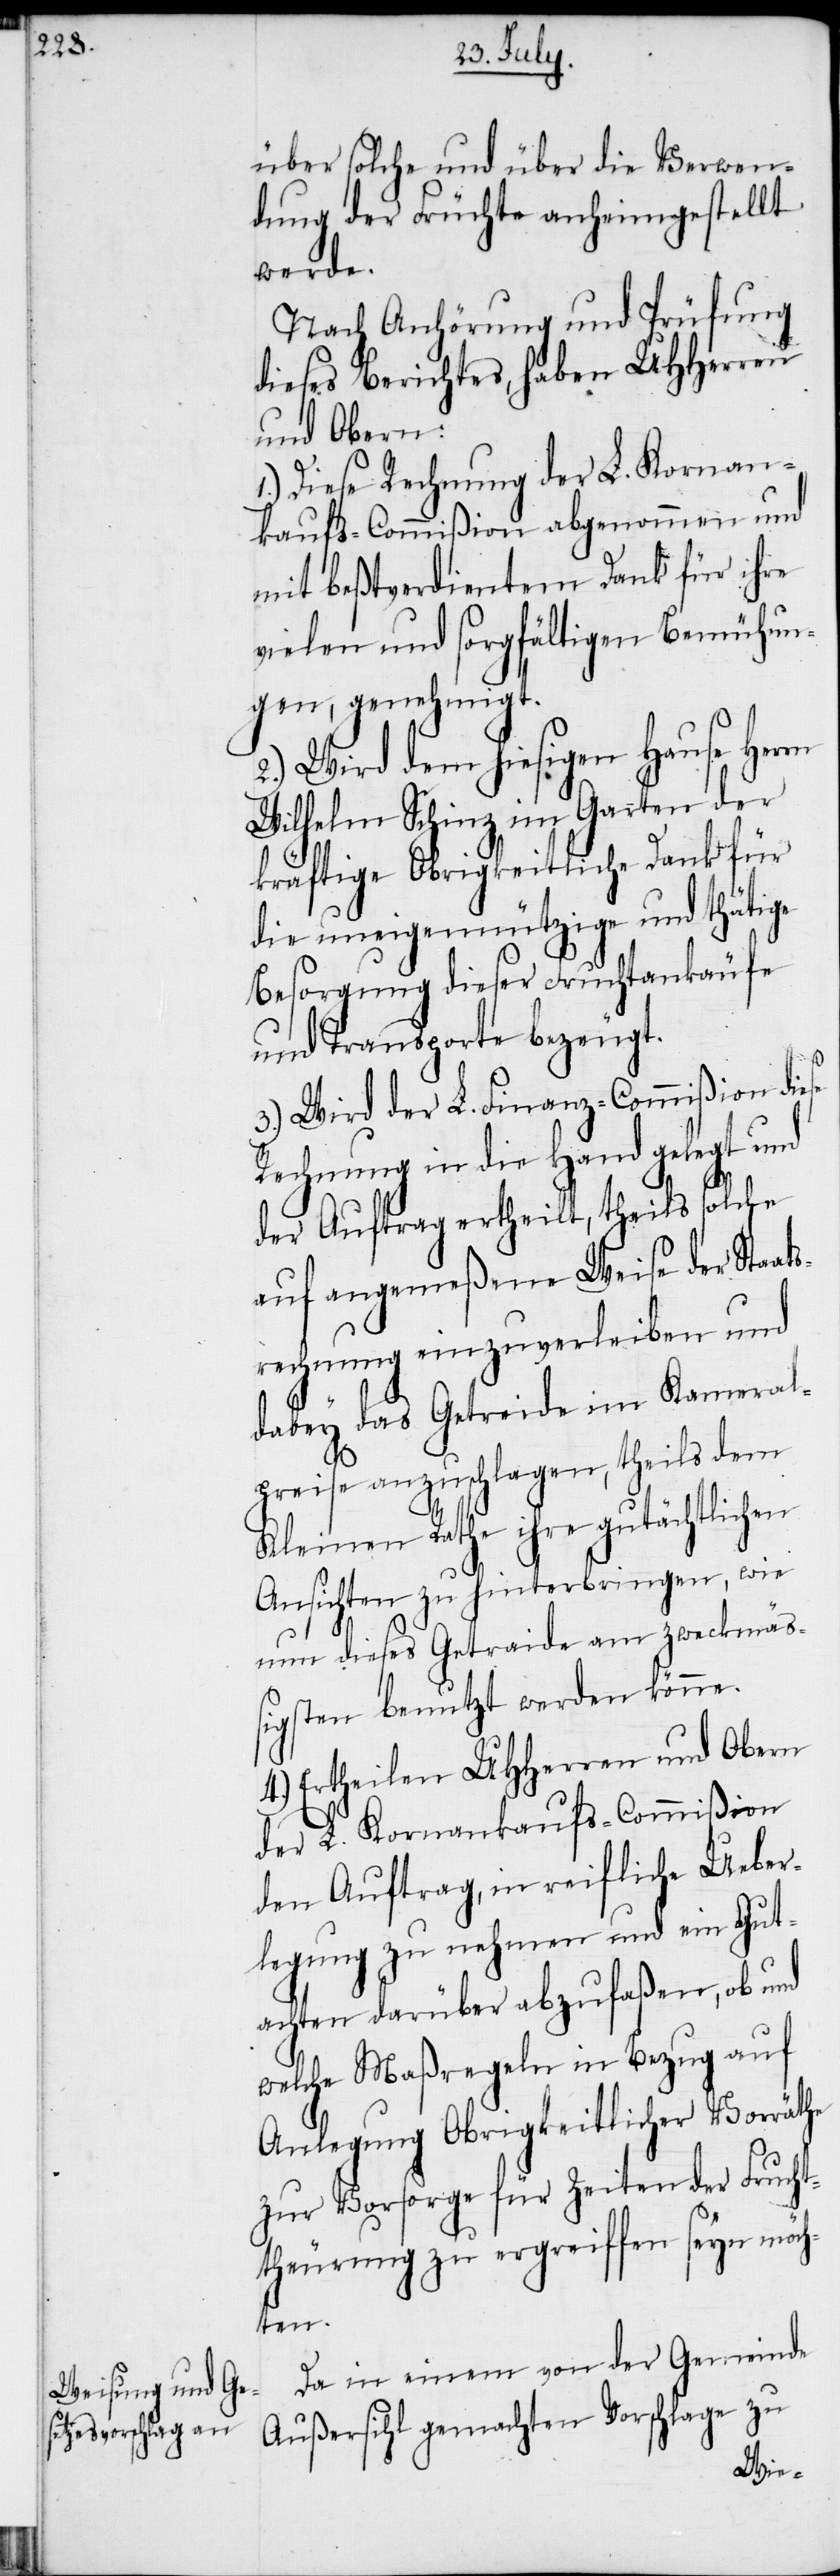
über solche und über die Verwen¬
dung der Früchte anheimgestellt
werde.
Nach Anhörung und Prüfung
dieses Berichtes, haben UHHerren
und Obern
Diese Rechnung der L. Kornan¬
kaufs-Commißion abgenommen und
mit beßtverdientem Dank für ihre
vielen und sorgfältigen Bemühun¬
gen, genehmigt.
2.) Wird dem hiesigen Hause Herrn
Wilhelm Schinz im Garten der
kräftige Obrigkeitliche Dank für
die uneigennützige und thätige
Besorgung dieser Fruchtankäufe
und Transporte bezeugt.
3.) Wird der L. Finanz-Commißion di¬
Rechnung in die Hand gelegt und
der Auftrag ertheilt, theils solche
auf angemeßene Weise der Staa¬
tsrechnung einzuverleiben und
dabey das Getreide im Kameral¬
preise anzuschlagen, theils dem
Kleinen Rathe ihre gutächtlichen
Ansichten zu hinterbringen, wie
nun dieses Getreide am zweckmä¬
ßigsten benutzt werden könne.
der L. Kornankaufs-Commißion
den Auftrag, in reifliche Ueber¬
legung zu nehmen und ein Gut¬
achten darüber abzufaßen, ob und
welche Maßregeln in Bezug auf
Anlegung Obrigkeitlicher Vorräthe
zur Vorsorge für Zeiten der Frucht¬
theurung zu ergreiffen seyn möch¬
ten.
Da in einem von der Gemeinde
Außersihl gemachten Vorschlage zu
4.)